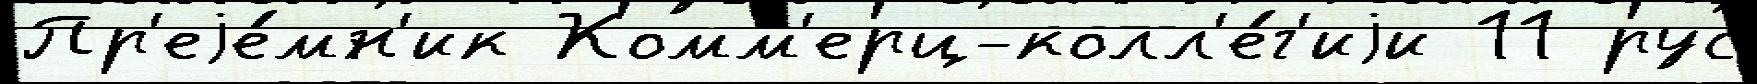
Пр'еjе́мн'ик Комм'ерц-колл'е́г'иjи 11 рус